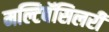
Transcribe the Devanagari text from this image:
मल्टिबॅसिलरी